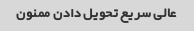
عالی سریع تحویل دادن ممنون